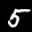
Label: 5